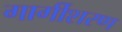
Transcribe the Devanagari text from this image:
गार्गीशरण